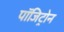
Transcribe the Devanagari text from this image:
पॉजिट्रोन